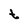
Character: t